Report on horse surra - Volume II, Part I
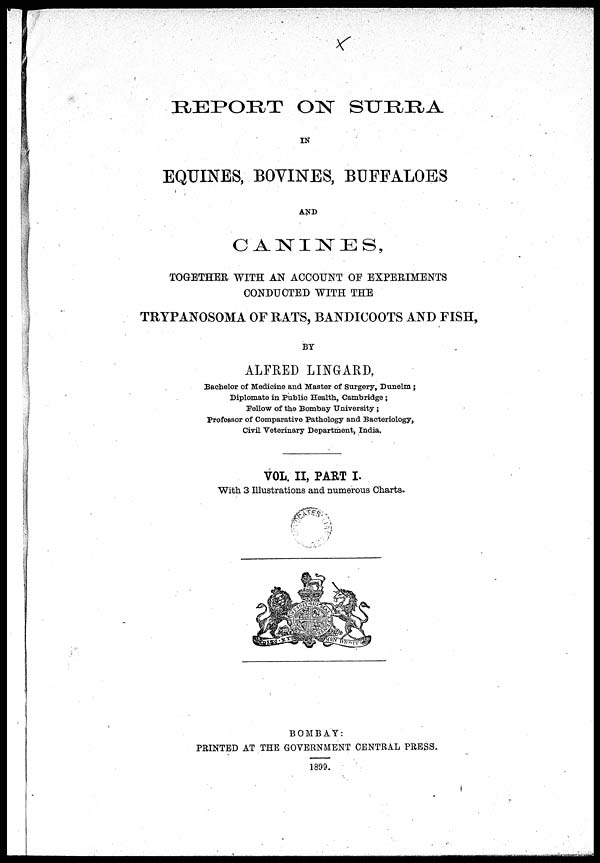
REPORT ON SURRA
IN
EQUINES, BOVINES, BUFFALOES
AND
CANINES,
TOGETHER WITH AN ACCOUNT OF EXPERIMENTS
CONDUCTED WITH THE
TRYPANOSOMA OF RATS, BANDICOOTS AND FISH,
BY
ALFRED LINGARD,
Bachelor of Medicine and Master of Surgery, Dunelm ;
Diplomate in Public Health, Cambridge ;
Fellow of the Bombay University ;
Professor of Comparative Pathology and Bacteriology,
Civil Veterinary Department, India.
VOL. II, PART I.
With 3 Illustrations and numerous Charts.
BOMBAY :
PRINTED AT THE GOVERNMENT CENTRAL PRESS.
1899.